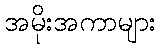
အမိုးအကာများ